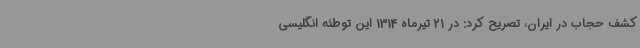
کشف حجاب در ایران، تصریح کرد: در 21 تیرماه 1314 این توطئه انگلیسی